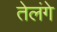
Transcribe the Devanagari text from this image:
तेलंगे